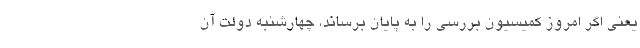
یعنی اگر امروز کمیسیون بررسی را به پایان برساند، چهارشنبه دولت آن